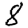
Digit: 8